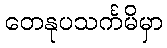
တေနုပသင်္ကမိမှာ